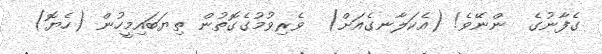
ގެފާނުގެ  ންނޭވެ! (އެކަލާނގެއަށް)  ވެރިވުމުގެގޮތުން ތިޔަބައިމީހުން (ހެޔޮ)